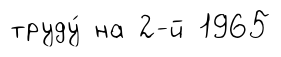
труду́ на 2-й 1965